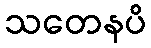
သတေနပိ